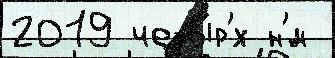
2019 четыр'́х н'́м